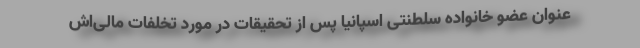
عنوان عضو خانواده سلطنتی اسپانیا پس از تحقیقات در مورد تخلفات مالی‌اش